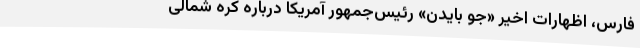
فارس، اظهارات اخیر «جو بایدن»‌ رئیس‌جمهور آمریکا درباره کره شمالی